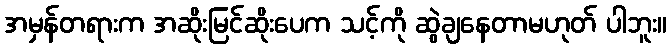
အမှန်တရားက အဆိုးမြင်ဆိုးပေက သင့်ကို ဆွဲချနေတာမဟုတ် ပါဘူး။